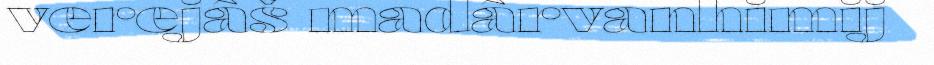
verejâš madârvanhimij